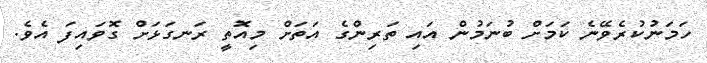
ހަމަނުކުރެވޭނެ ކަމަށް ބުނަމުން އައި ތަރިންގެ އަތަށް މިއޮތީ ރަނގަޅަށް ގޮވައިފަ އެވެ.